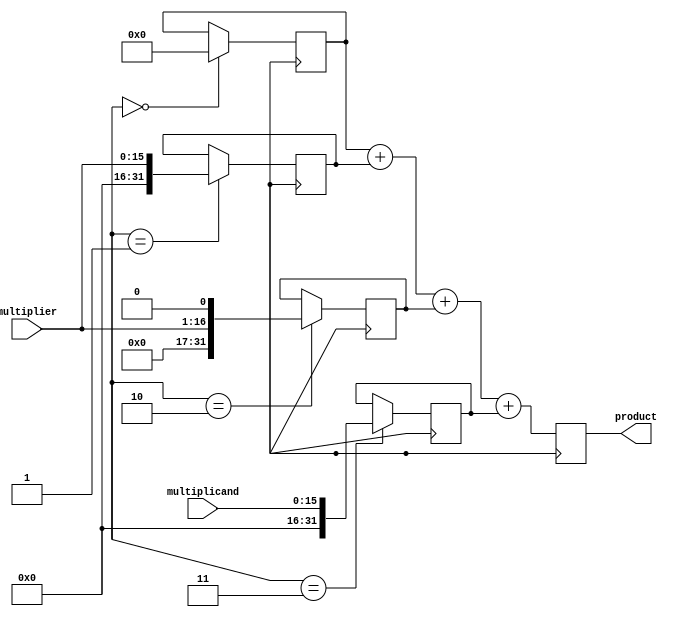
module booth_multiplier(
    input wire [15:0] multiplicand,
    input wire [15:0] multiplier,
    output reg [31:0] product
);

reg [31:0] partial_products [3:0];
reg [3:0] partial_product_sel;

always @(posedge clk) begin
    // Generate partial products using Booth encoding
    case(partial_product_sel)
        0: partial_products[0] <= 0;
        1: partial_products[1] <= (multiplier << 0);
        2: partial_products[2] <= (multiplier << 1);
        3: partial_products[3] <= multiplicand;
    endcase

    // Sum up the partial products to obtain the final product
    product <= partial_products[0] + partial_products[1] + partial_products[2] + partial_products[3];
end

endmodule